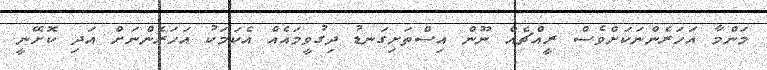
މަންމާ އަހަރެންނަކަށްވެސް ރީއްޗެއް ނޫން އިސްތަށިގަނޑު ދިގުވީމައެއް އެކަމަކު އަހަރެންނަށް އަދި ކޮށޭނީ